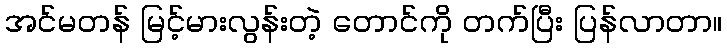
အင်မတန် မြင့်မားလွန်းတဲ့ တောင်ကို တက်ပြီး ပြန်လာတာ။